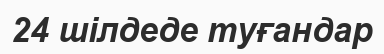
24 шілдеде туғандар